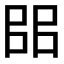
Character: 𰀦